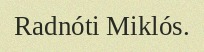
Radnóti Miklós.